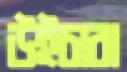
উইচারা